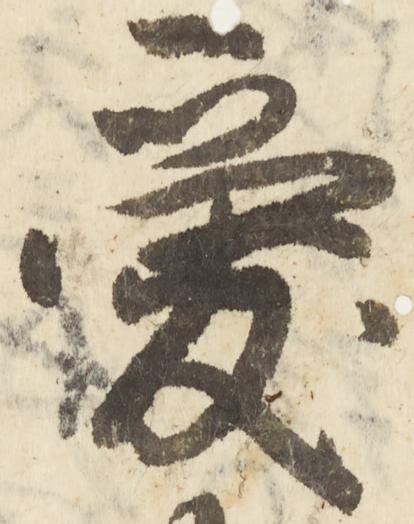
愛